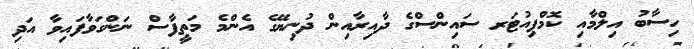
ހިސާބު އިލްމާއި ކޮމްޕިއުޓަރ ސައިންސްގެ ދާއިރާއިން ދުނިޔޭގެ އެންމެ މަތީފާސް ނަންގަވާފައިވާ އަދި